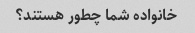
خانواده شما چطور هستند؟